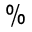
\%